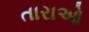
તારાઓ